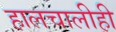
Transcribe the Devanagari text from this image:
हालचालीही